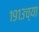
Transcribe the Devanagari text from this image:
१९१३च्या